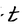
Character: t